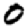
Digit: 0